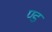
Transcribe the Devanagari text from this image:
ण्ड